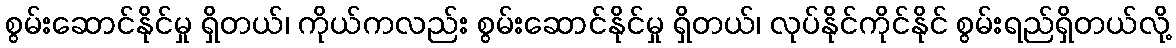
စွမ်းဆောင်နိုင်မှု ရှိတယ်၊ ကိုယ်ကလည်း စွမ်းဆောင်နိုင်မှု ရှိတယ်၊ လုပ်နိုင်ကိုင်နိုင် စွမ်းရည်ရှိတယ်လို့